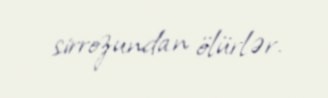
sirrozundan ölürlər.